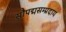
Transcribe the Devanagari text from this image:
सौपद्मसम्प्रदाय